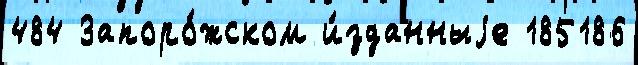
484 Запоро́жском и́зданныjе 185186